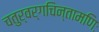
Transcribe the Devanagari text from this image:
चतुर्वर्गचिन्तामणिः